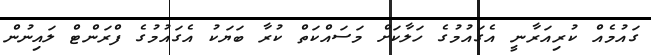
ގައުމެއް ކުރިއަރާނީ އެގައުމުގެ ހަލާކަށް މަސައްކަތް ކުރާ ބަޔަކު އެގައުމުގެ ފްރަންޓް ލައިނުން